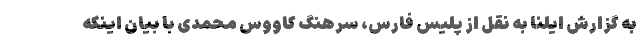
به گزارش ایلنا به نقل از پلیس فارس، سرهنگ کاووس محمدی با بیان اینکه